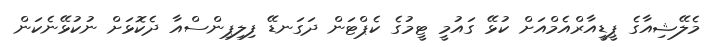
މެލޭޝިއާގެ ޕީޑީއާރްއެމްއަށް ކުޅޭ ގައުމީ ޓީމުގެ ކެޕްޓަން ދަގަނޑޭ ފިލިޕިންސްއާ ދެކޮޅަށް ނުކުޅޭނެކަން